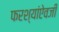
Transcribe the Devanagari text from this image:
फरश्यांऐवजी